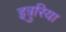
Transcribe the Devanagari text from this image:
इत्रुरिया